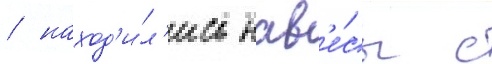
/ наход'и́л'ись нав'е́сы с